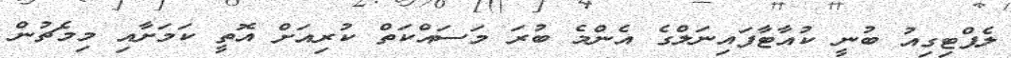
ލެޕްޓިގިއު ބުނީ ކުއާޓާފައިނަލްގެ އެންމެ ބުރަ މަސައްކަތް ކުރިއަށް އޮތީ ކަމަށާއި މިމެޗުން